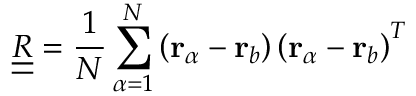
\underline { { \underline { { R } } } } = \frac { 1 } { N } \sum _ { \alpha = 1 } ^ { N } \left( \mathbf { r } _ { \alpha } - \mathbf { r } _ { b } \right) \left( \mathbf { r } _ { \alpha } - \mathbf { r } _ { b } \right) ^ { T }